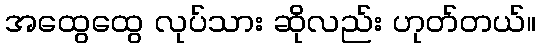
အထွေထွေ လုပ်သား ဆိုလည်း ဟုတ်တယ်။